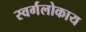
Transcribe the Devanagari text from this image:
स्वर्गलोकाय